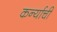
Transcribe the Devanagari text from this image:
कर्न्याची